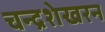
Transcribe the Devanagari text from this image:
चन्‍द्रशेखरन